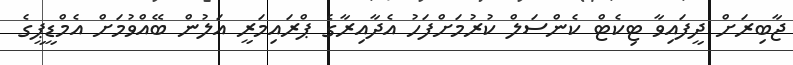
ޖާބިރަށް ދީފައިވާ ޓިކެޓް ކެންސަލް ކުރުމަށްފަހު އެދާއިރާގެ ޕްރައިމަރީ އަލުން ބޭއްވުމަށް އެމްޑީޕީގެ